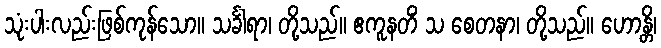
သုံးပါးလည်းဖြစ်ကုန်သော။ သင်္ခါရာ၊ တို့သည်။ ဧကူနတိံ သ စေတနာ၊ တို့သည်။ ဟောန္တိ၊